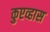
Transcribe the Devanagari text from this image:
कुएव्हास